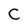
Character: C